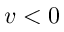
v < 0